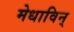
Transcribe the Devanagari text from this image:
मेधाविन्